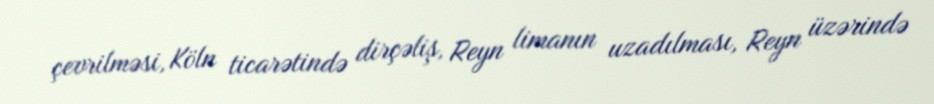
çevrilməsi, Köln ticarətində dirçəliş, Reyn limanın uzadılması, Reyn üzərində